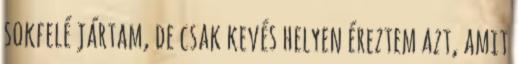
sokfelé jártam, de csak kevés helyen éreztem azt, amit